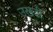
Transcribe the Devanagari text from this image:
उखडी़